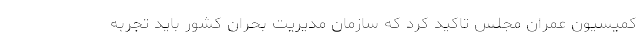
کمیسیون عمران مجلس تاکید کرد که سازمان مدیریت بحران کشور باید تجربه